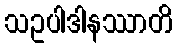
သဥပါဒါနဿာတိ